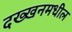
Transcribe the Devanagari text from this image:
दख्खनमधील